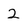
Character: 2